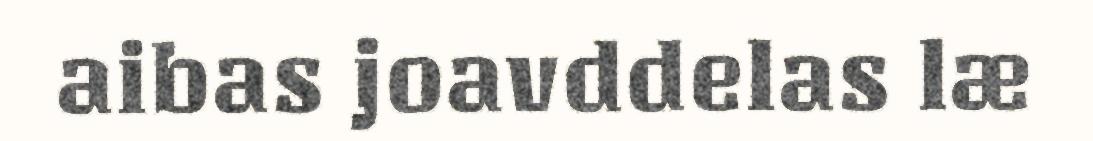
aibas joavddelas læ